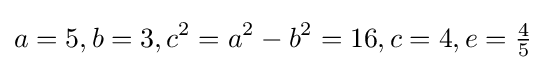
a=5,b=3,c^{2}=a^{2}-b^{2}=16,c=4,e={\tfrac {4}{5}}